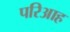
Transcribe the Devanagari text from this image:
परिआह